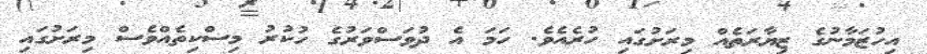
އިހުޒަމާނުގެ ޒިޔާރަތެއް މިރަށުގައި ހުރެއެވެ. ހަމަ އެ ދުވަސްވަރުގެ ހުކުރު މިސްކިތެއްވެސް މިރަށުގައި